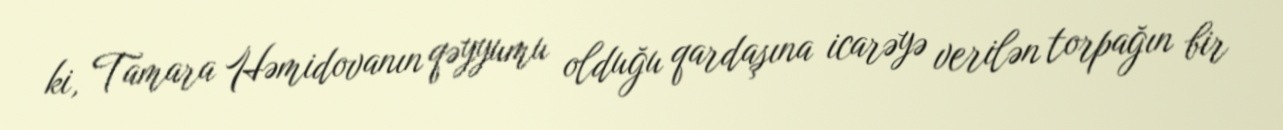
ki, Tamara Həmidovanın qəyyumu olduğu qardaşına icarəyə verilən torpağın bir